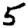
Digit: 5